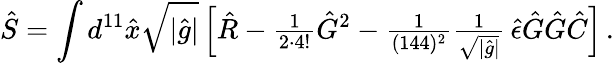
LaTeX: \hat{S}=\int d^{11}\hat{x}\sqrt{|\hat{g}|}\left[\hat{R}-{\textstyle\frac{1}{2\cdot 4!}}\hat{G}{}^{2}-{\textstyle\frac{1}{(144)^{2}}}{\textstyle\frac{1}{\sqrt{|\hat{g}|}}}\, \hat{\epsilon}\hat{G}\hat{G}\hat{C}\right]\, .